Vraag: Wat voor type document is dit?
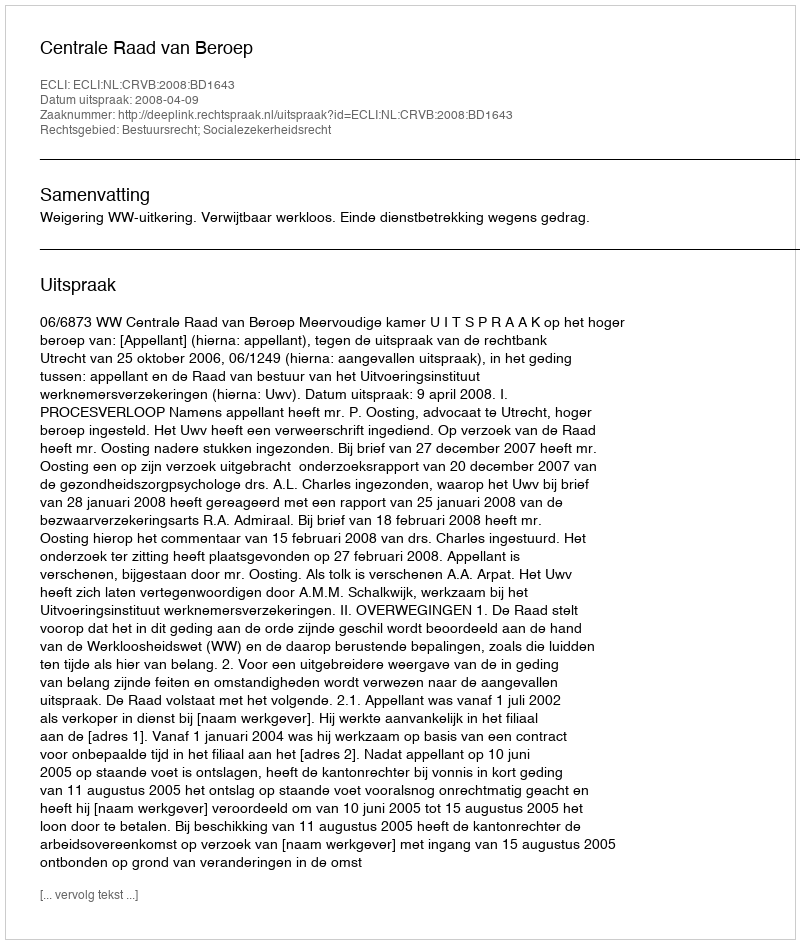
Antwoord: Uitspraak